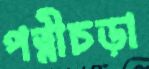
পত্নীচড়া